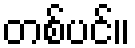
တစ်ပင်။